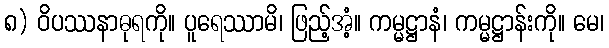
၈) ဝိပဿနာဓုရကို။ ပူရေဿာမိ၊ ဖြည့်အံ့။ ကမ္မဋ္ဌာနံ၊ ကမ္မဋ္ဌာန်းကို။ မေ၊